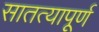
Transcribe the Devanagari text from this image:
सातत्यापूर्ण